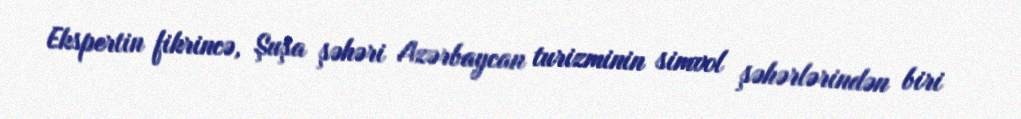
Ekspertin fikrincə, Şuşa şəhəri Azərbaycan turizminin simvol şəhərlərindən biri